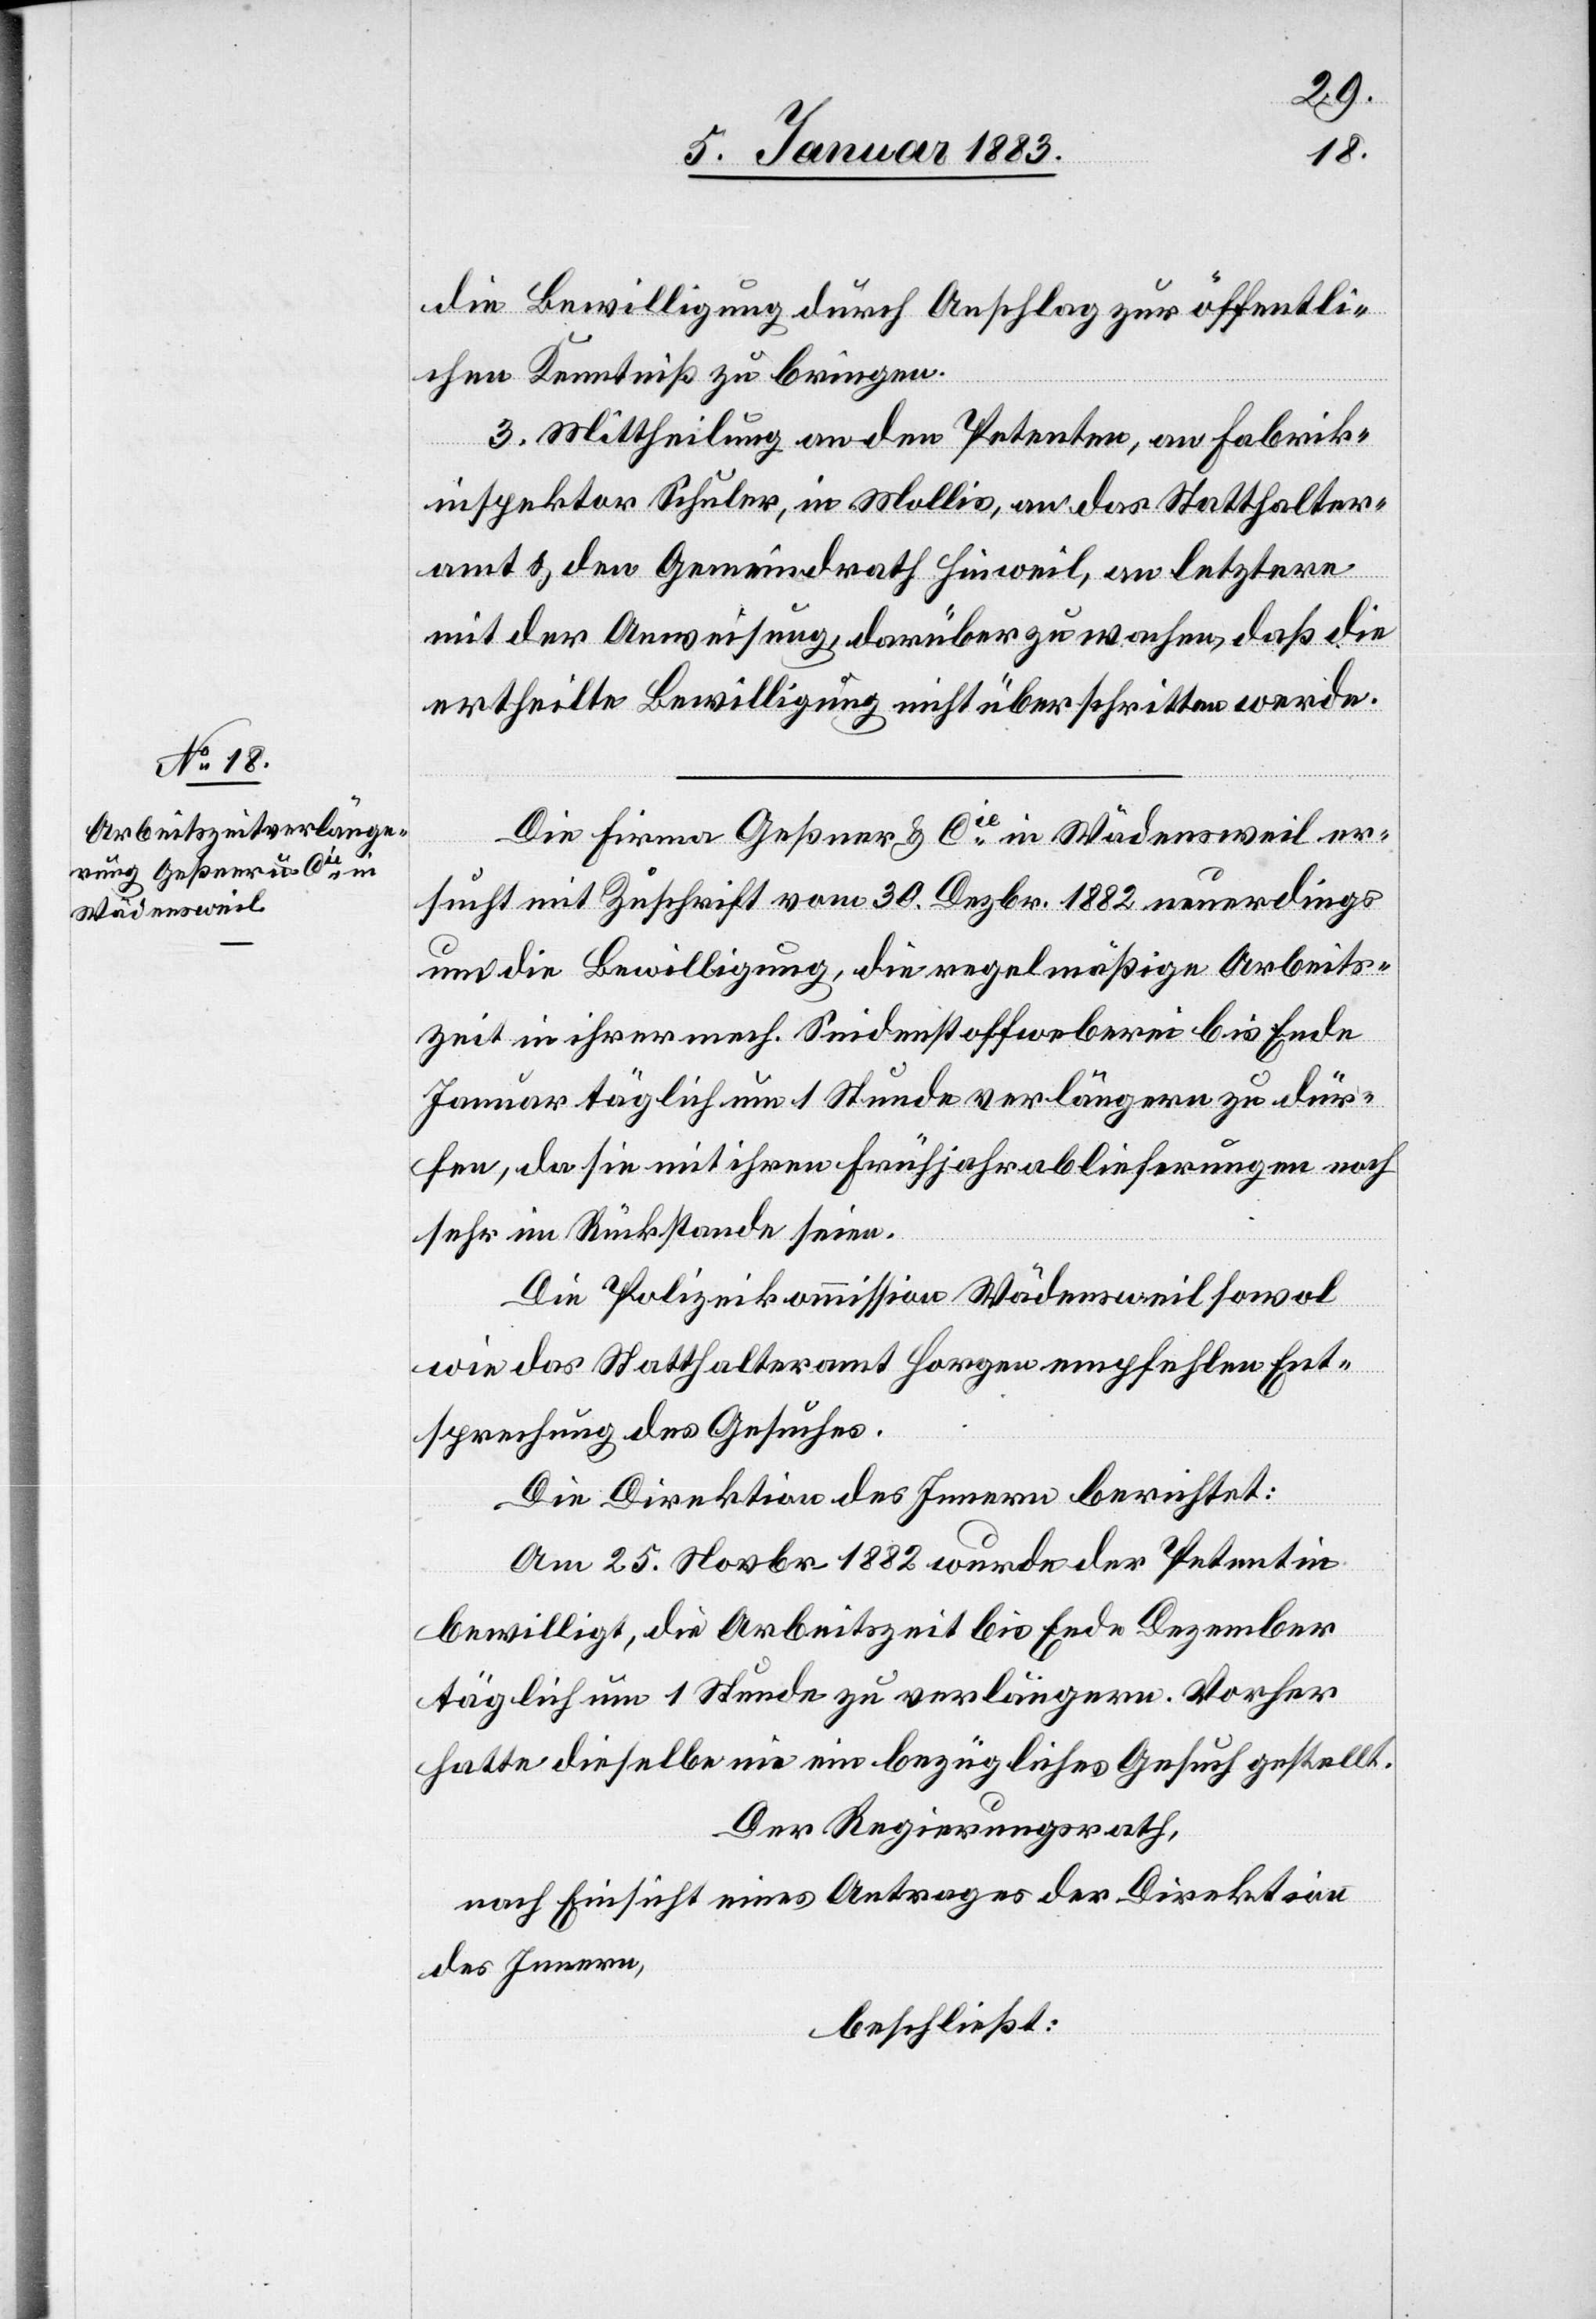
die Bewilligung durch Anschlag zur öffentli¬
chen Kenntniß zu bringen.
3. Mittheilung an den Petenten, an Fabrik¬
inspektor Schuler, in Mollis, an das Statthalter¬
amt & den Gemeindrath Hinweil, an letztern
mit der Anweisung, darüber zu wachen, daß die
ertheilte Bewilligung nicht überschritten werde.
Die Firma Geßner & Cie in Wädensweil er¬
sucht mit Zuschrift vom 30. Dezbr. 1882 neuerdings
um die Bewilligung, die regelmäßige Arbeits¬
zeit in ihrer mech. Seidenstoffweberei bis Ende
Januar täglich um 1 Stunde verlängern zu dür¬
fen, da sie mit ihren Frühjahrsablieferungen noch
sehr im Rückstande seien.
Die Polizeikommission Wädensweil sowol
wie das Statthalteramt Horgen empfehlen Ent¬
sprechung des Gesuches.
Die Direktion des Innern berichtet:
Am 25. Novbr. 1882 wurde der Petentin
bewilligt, die Arbeitszeit bis Ende Dezember
täglich um 1 Stunde zu verlängern. Vorher
hatte dieselbe nie ein bezügliches Gesuch gestellt.
Der Regierungsrath,
nach Einsicht eines Antrages der Direktion
des Innern,
beschließt: